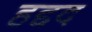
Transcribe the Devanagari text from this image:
हद्दद